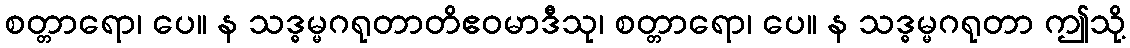
စတ္တာရော၊ ပေ။ န သဒ္ဓမ္မဂရုတာတိဧဝမာဒီသု၊ စတ္တာရော၊ ပေ။ န သဒ္ဓမ္မဂရုတာ ဤသို့